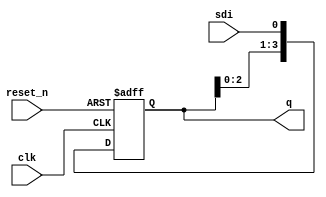

module shift_reg_sipo(
	input reset_n,
	input clk,
    input sdi, // serial data in
	output reg [3:0] q
    );
	
	// Async negative reset_n is used
	// The input data is the same as the output data
	always @(posedge clk or negedge reset_n) begin
	    if (!reset_n)
		    q <= 4'b0;
	    else
		    q[3:0] <= {q[2:0], sdi};
	end
endmodule